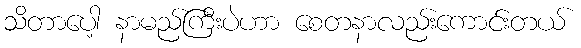
သိတာပေါ့ နာမည်ကြီးပဲဟာ စေတနာလည်းကောင်းတယ်